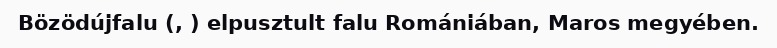
Bözödújfalu (, ) elpusztult falu Romániában, Maros megyében.